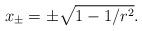
LaTeX: \begin{align*}x_{\pm} = \pm\sqrt{1-1/r^{2}}.\end{align*}